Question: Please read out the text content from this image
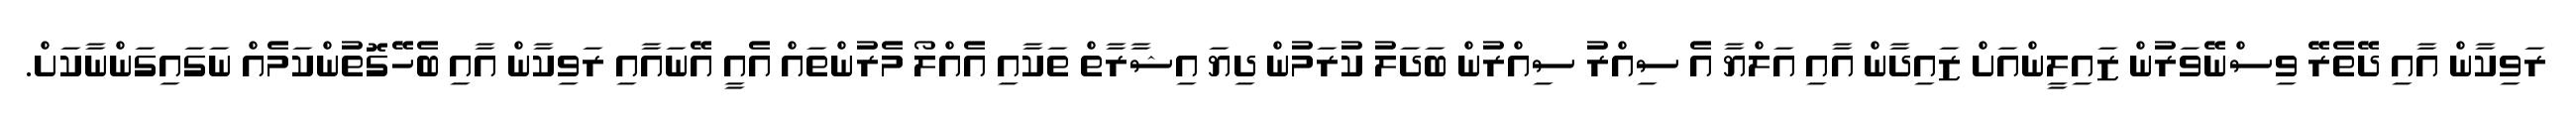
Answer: ރަވިކާން އާއި ދޭތެރޭ ވިސްނޭވަރުން ޒައިލީންއަށް ޒައިދާން އާއި އަލްޔާ އެ ސިއްރު ސިއްރުން ބަދަލު ކުރަމުން ދިޔަ އިޝާރާތް ތަކާއި އެއްލޯ މެރުންތައް އެއީ އޭނައާއި ރަވިކާން އާއި ބެހޭގޮތުންކަމެއް ނަގައިގަންނާކަށް.